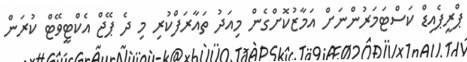
ޕްރީޕެއިޑް ކަސްޓަމަރުންނަށް އަމާޒުކޮށްގެން މިއަދު ތައާރަފްކުރި މި ދެ ޕޭޖް އެކްޓީވޭޓް ކުރަން